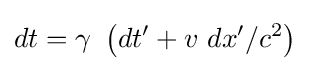
dt=\gamma \ \left(dt'+v\ dx'/c^{2}\right)\